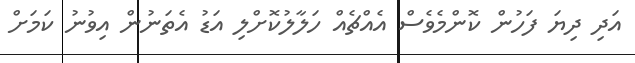
އަދި ދިޔަ ފަހުން ކޮންމެވެސް އެއްޗެއް ހަލާލުކޮށްލި އަޑު އެތަނުން އިވުނު ކަމަށް